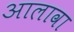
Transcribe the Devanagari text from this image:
अालावा